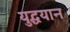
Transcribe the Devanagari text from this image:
युद्धयान